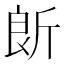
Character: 𣂞